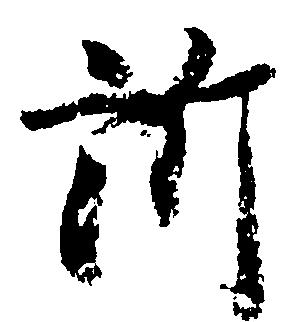
訴